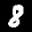
Label: 8